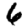
Digit: 6